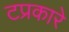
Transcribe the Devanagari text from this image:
टप्रकारे